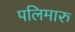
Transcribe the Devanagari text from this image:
पलिमारु